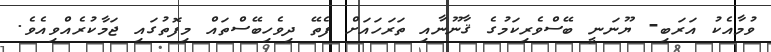
ވުމާއެކު އަރަބި- ޔޫނަނީ ބޭސްވެރިކަމުގެ ޤާނޫނާއި ތަރަހައަށް ފެތޭ ދިވެހިބޭސްތައް މިފޮތުގައި ޖަމާކުރެއްވިއެވެ.